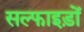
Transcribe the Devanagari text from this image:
सल्फाइड़ों